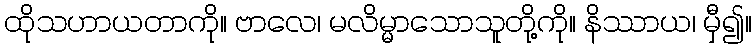
ထိုသဟာယတာကို။ ဗာလေ၊ မလိမ္မာသောသူတို့ကို။ နိဿာယ၊ မှီ၍။